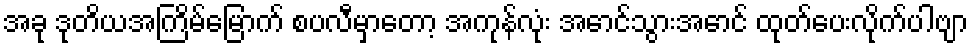
အခု ဒုတိယအကြိမ်မြောက် စပလီမှာတော့ အကုန်လုံး အောင်သွားအောင် ထုတ်ပေးလိုက်ပါဗျာ